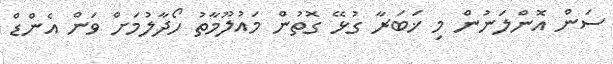
ސަން އޮންލަނުން މި ޚަބަރާ ގުޅޭ ގޮތުން މައުލޫމާތު ހޯދާލުމަށް ވަން އެންޑް